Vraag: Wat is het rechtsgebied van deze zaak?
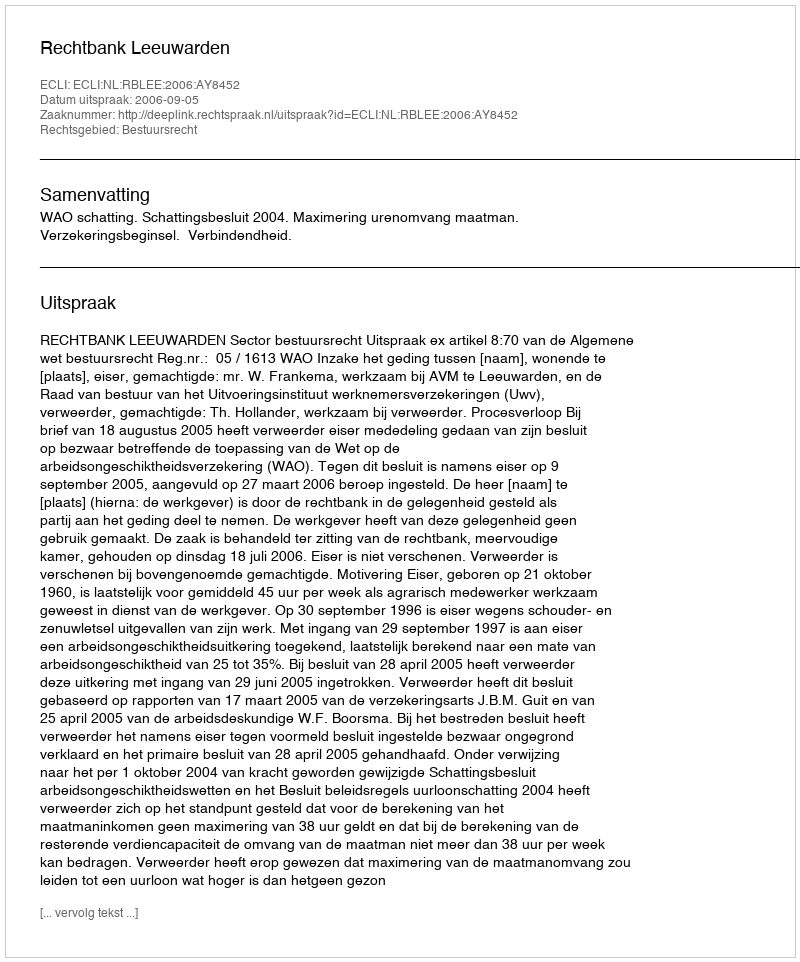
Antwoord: Bestuursrecht